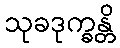
သုခဒုက္ခန္တိ